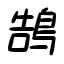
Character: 鵠